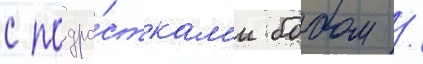
с подро́сткам'и бобом /